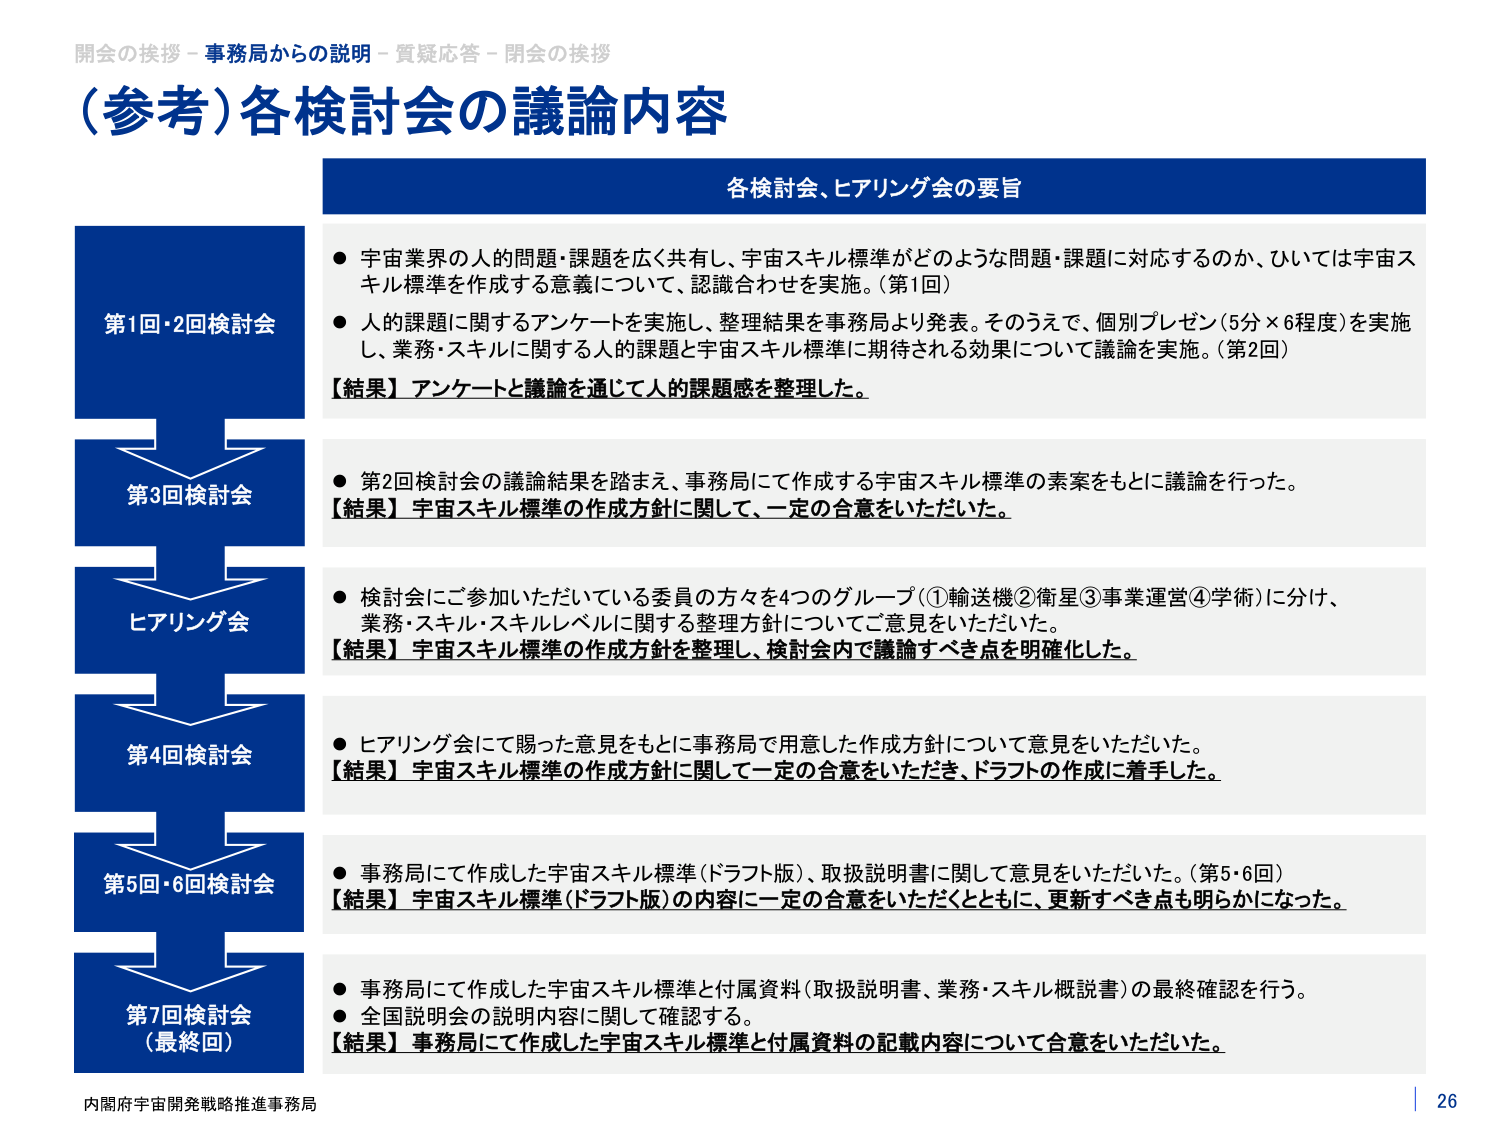
開会の挨拶－事務局からの説明－質疑応答－閉会の挨拶
（参考）各検討会の議論内容

各検討会、ヒアリング会の要旨

第1回・2回検討会
● 宇宙業界の人的問題・課題を広く共有し、宇宙スキル標準がどのような問題・課題に対応するのか、ひいては宇宙スキル標準を作成する意義について、認識合わせを実施。（第1回）
● 人的課題に関するアンケートを実施し、整理結果を事務局より発表。そのうえで、個別プレゼン（5分×6程度）を実施し、業務・スキルに関する人的課題と宇宙スキル標準に期待される効果について議論を実施。（第2回）
【結果】アンケートと議論を通じて人的課題感を整理した。

第3回検討会
● 第2回検討会の議論結果を踏まえ、事務局にて作成する宇宙スキル標準の素案をもとに議論を行った。
【結果】宇宙スキル標準の作成方針に関して、一定の合意をいただいた。

ヒアリング会
● 検討会にご参加いただいている委員の方々を4つのグループ（①輸送機②衛星③事業運営④学術）に分け、業務・スキル・スキルレベルに関する整理方針についてご意見をいただいた。
【結果】宇宙スキル標準の作成方針を整理し、検討会内で議論すべき点を明確化した。

第4回検討会
● ヒアリング会にて賜った意見をもとに事務局で用意した作成方針について意見をいただいた。
【結果】宇宙スキル標準の作成方針に関して一定の合意をいただき、ドラフトの作成に着手した。

第5回・6回検討会
● 事務局にて作成した宇宙スキル標準（ドラフト版）、取扱説明書に関して意見をいただいた。（第5・6回）
【結果】宇宙スキル標準（ドラフト版）の内容に一定の合意をいただくとともに、更新すべき点も明らかになった。

第7回検討会（最終回）
● 事務局にて作成した宇宙スキル標準と付属資料（取扱説明書、業務・スキル概説書）の最終確認を行う。
● 全国説明会の説明内容に関して確認する。
【結果】事務局にて作成した宇宙スキル標準と付属資料の記載内容について合意をいただいた。

内閣府宇宙開発戦略推進事務局
26